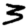
Digit: 3